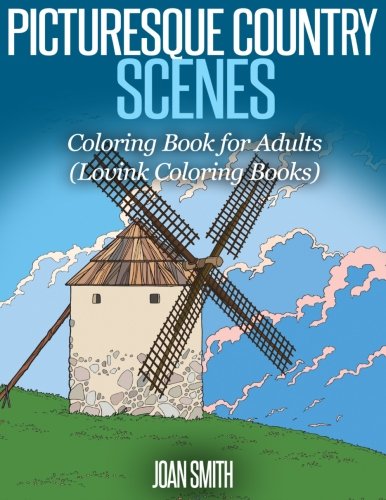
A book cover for Picturesque Country Scenes: Coloring Book for Adults (Lovink Coloring Books); Joan Smith; Arts & Photography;